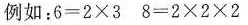
例如：$$6 = 2 \times 3$$8 = 2 \times 2 \times 2$$